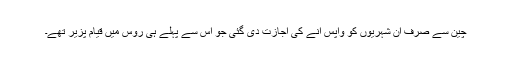
چین سے صرف ان شہریوں کو واپس آنے کی اجازت دی گئی جو اس سے پہلے ہی روس میں قیام پزیر تھے۔